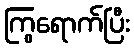
ကြွရောက်ပြီး